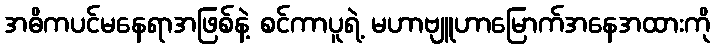
အဓိကပင်မနေရာအဖြစ်နဲ့ စင်ကာပူရဲ့ မဟာဗျူဟာမြောက်အနေအထားကို